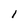
Character: l